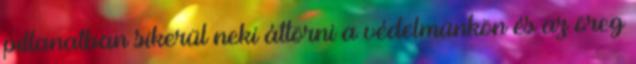
pillanatban sikerül neki áttörni a védelmünkön és az öreg